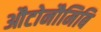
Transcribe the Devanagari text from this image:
औटोनौमिबि